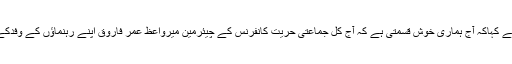
قبل ازیں ایم کیوایم کی رابطہ کمیٹی کی ڈپٹی کنوینرسینیٹرنسرین جلیل نے کہاکہ آج ہماری خوش قسمتی ہے کہ آج کل جماعتی حریت کانفرنس کے چیئرمین میرواعظ عمر فاروق اپنے رہنماؤں کے وفدکے ہمراہ قائدتحریک جناب الطاف حسین رہائشگاہ نائن زیروتشریف لائے۔